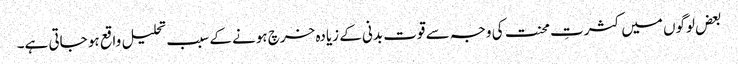
بعض لوگوں میں کثرتِ محنت کی وجہ سے قوت بدنی کے زیادہ خرچ ہونے کے سبب تحلیل واقع ہو جاتی ہے۔